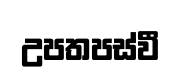
උපතපස්වී